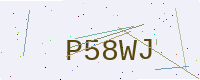
Text: P58WJ